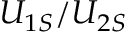
U _ { 1 S } / U _ { 2 S }